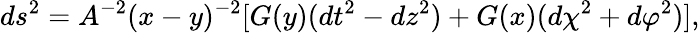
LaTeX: ds^{2}=A^{-2}(x-y)^{-2}[G(y)(dt^{2}-dz^{2})+G(x)(d\chi^{2}+d\varphi^{2})],